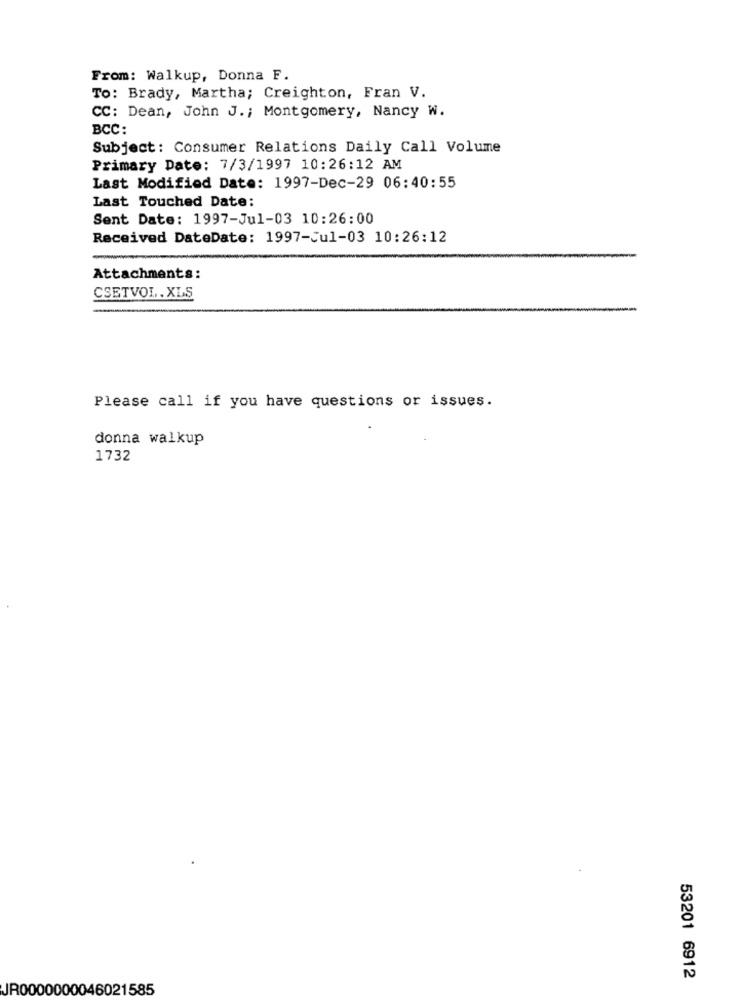
From: Walkup, Donna F.
To: Brady, Martha; Creighton, Fran V.
CC: Dean, John J. ; Montgomery, Nancy W.
BCC:
Subject: Consumer Relations Daily Call Volume
Primary Date: 7/3/1997 10:26:12 AM
Last Modified Date: 1997-Dec-29 06:40:55
Last Touched Date:
Sent Date: 1997-Jul-03 10:26:00
Received DateDate: 1997-Jul-03 10:26:12
Attachments:
CSETVOL. XLS
Please call if you have questions or issues.
donna walkup
1732
53201 6912
JR0000000046021585